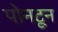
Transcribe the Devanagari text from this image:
पोनटून